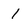
Character: 1